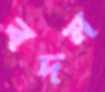
বদন